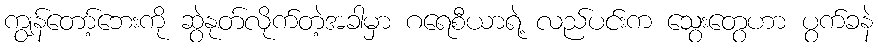
ကျွန်တော့်ဘေးကို ဆွဲနုတ်လိုက်တဲ့အခါမှာ ဂရေစီယာရဲ့ လည်ပင်းက သွေးတွေဟာ ပွက်ခနဲ